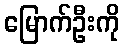
မြောက်ဦးကို